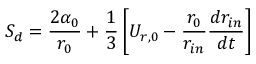
S _ { d } = \frac { 2 \alpha _ { 0 } } { r _ { 0 } } + \frac { 1 } { 3 } \left[ U _ { r , 0 } - \frac { r _ { 0 } } { r _ { i n } } \frac { d r _ { i n } } { d t } \right]